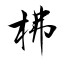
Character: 柫